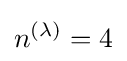
n^{(\lambda )}=4